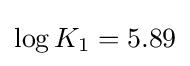
\log K_{1}=5.89